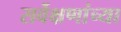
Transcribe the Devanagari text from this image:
सर्वेक्षणांच्या